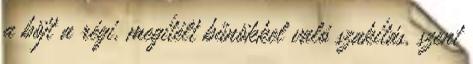
a böjt a régi, megítélt bűnökkel való szakítás, szent